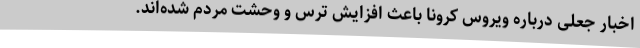
اخبار جعلی درباره ویروس کرونا باعث افزایش ترس و وحشت مردم شده‌اند.